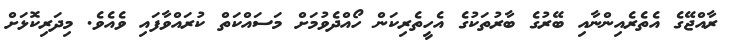
ރާއްޖޭގެ އެތެރެއިންނާއި ބޭރުގެ ބާރުތަކުގެ އެހީތެރިކަން ހޯއްދެވުމަށް މަސައްކަތް ކުރައްވާފައި ވެއެވެ. މިދަރިކޮޅަށް